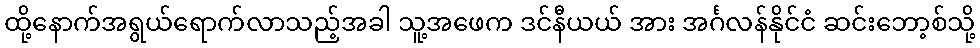
ထို့နောက်အရွယ်ရောက်လာသည့်အခါ သူ့အဖေက ဒင်နီယယ် အား အင်္ဂလန်နိုင်ငံ ဆင်းဘော့စ်သို့